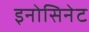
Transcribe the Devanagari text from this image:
इनोसिनेट